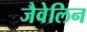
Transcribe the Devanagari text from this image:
जैवेलिन